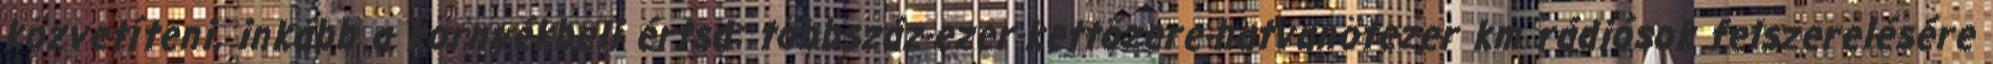
közvetíteni, inkább a környékbeli értsd: többszáz-ezer-kettőzere-hatvanötezer km rádiósok felszerelésére